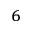
^ { 6 }